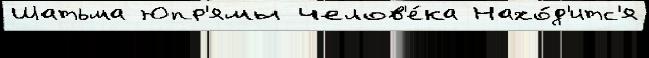
Шатьма Юпр'ямы челов'е́ка Нахо́д'итс'я